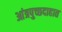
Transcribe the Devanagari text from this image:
आंत्रपुच्छदाहात